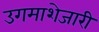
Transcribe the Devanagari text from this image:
उगमाशेजारी